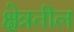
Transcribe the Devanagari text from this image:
क्षेत्रतील